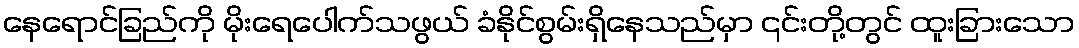
နေရောင်ခြည်ကို မိုးရေပေါက်သဖွယ် ခံနိုင်စွမ်းရှိနေသည်မှာ ၎င်းတို့တွင် ထူးခြားသော